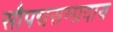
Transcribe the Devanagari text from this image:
सौपद्मसम्प्रदाय